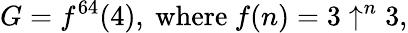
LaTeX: G=f^{64}(4),{\mathrm{~where~}}f(n)=3\uparrow^{n}3,